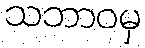
သဘာဝမှ